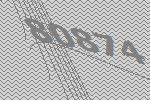
80874